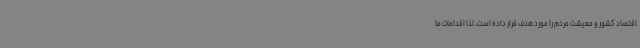
اقتصاد کشور و معیشت مردم را مورد هدف قرار داده است، لذا اقدامات ما